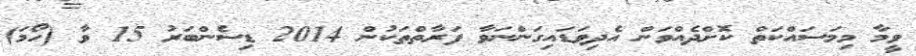
ވީމާ މިމަސައްކަތް ކޮށްދެއްވަން އެދިވަޑައިގަންނަވާ ފަރާތްތަކުން 2014 ޑިސެންބަރު 15 ވާ (ހޯމަ)